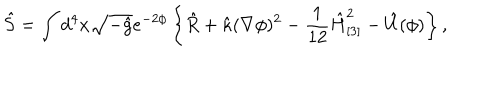
LaTeX: \hat { S } = \int d ^ { 4 } x \sqrt { - \hat { g } } e ^ { - 2 \phi } \left\{ \hat { R } + \hat { \kappa } ( \nabla \phi ) ^ { 2 } - \frac 1 { 1 2 } \hat { H } _ { [ 3 ] } ^ { 2 } - \hat { U } ( \phi ) \right\} ,